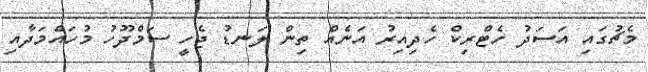
މެޗުގައި އަސަދު ހެޓްރިކް ހެދިއިރު އަނެއް ތިން ލަނޑު ޖެހީ ސަމްދޫހު މުހައްމަދާއި